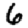
Digit: 6